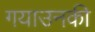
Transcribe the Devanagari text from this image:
गयाउनकी